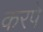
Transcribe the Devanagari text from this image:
करपे